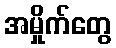
အမှိုက်တွေ